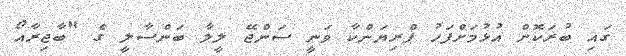
ގައި ބުރަކޮށް އުޅުމަށްފަހު ޕްރިޔަންކާ ވަނީ ސަންޖޭ ލީލާ ބަންސާލީ ގެ "ބާޖިރާއޯ